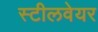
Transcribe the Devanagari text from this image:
स्टीलवेयर